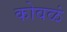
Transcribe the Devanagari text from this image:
कोवळं